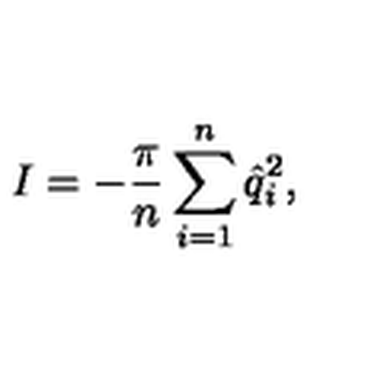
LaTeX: I = - { \frac { \pi } { n } } \sum _ { i = 1 } ^ { n } \hat { q } _ { i } ^ { 2 } ,